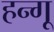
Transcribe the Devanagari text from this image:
हन्गू